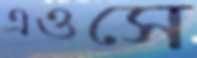
এওসে